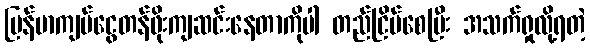
မြန်မာကျပ်ငွေတန်ဖိုးကျဆင်းနေတာကိုပါ တည်ငြိမ်စေပြီး အသက်ရှုလို့ရတဲ့